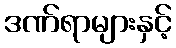
ဒဏ်ရာများနှင့်